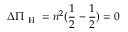
\Delta \Pi _ { \mathrm { ~ H ~ } } = n ^ { 2 } ( \frac { 1 } { 2 } - \frac { 1 } { 2 } ) = 0